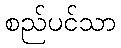
စည်ပင်သာ